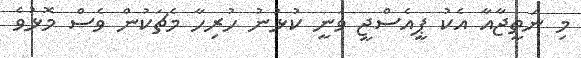
މި ނަތީޖާއާ އެކު ޕީއެސްޖީ ވަނީ ކުޅުނު ހުރިހާ މެޗަކުން ވެސް މޮޅުވެ